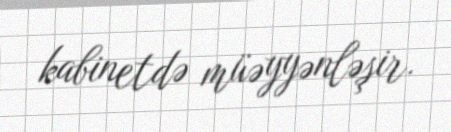
kabinetdə müəyyənləşir.